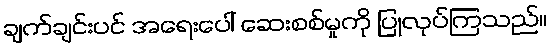
ချက်ချင်းပင် အရေးပေါ် ဆေးစစ်မှုကို ပြုလုပ်ကြသည်။